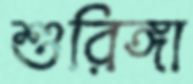
শুরিঙ্গা